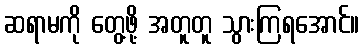
ဆရာမကို တွေ့ဖို့ အတူတူ သွားကြရအောင်။